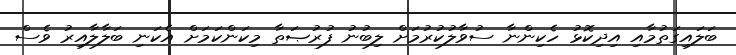
ބަލައިގަތުމާއި އިދިކޮޅު ހެކިންނާ ސުވާލުކުރުމަށް ލިބުނު ފުރުޞަތާ މިކަންކަމަށް އެކަނި ބަލާލާއިރު ވެސް